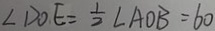
\angle D O E = \frac { 1 } { 2 } \angle A O B = 6 0